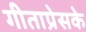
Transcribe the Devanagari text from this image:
गीताप्रेसके